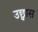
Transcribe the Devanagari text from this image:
उछ्वास